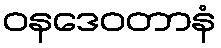
ဝနဒေဝတာနံ